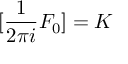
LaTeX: [ { \frac { 1 } { 2 \pi i } } F _ { 0 } ] = K